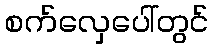
စက်လှေပေါ်တွင်